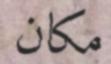
مكان